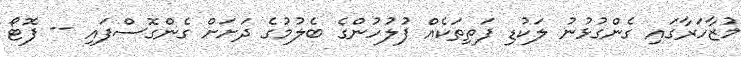
މުޒާހަރާގައި ގެންގުޅުނު ލަކުޑި ފަތިތަކެއް ފުލުހުންގެ ބެލުމުގެ ދަށަށް ގެންގޮސްފައި -- ފޮޓޯ